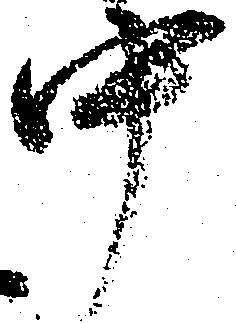
中